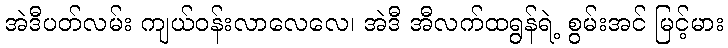
အဲဒီပတ်လမ်း ကျယ်ဝန်းလာလေလေ၊ အဲဒီ အီလက်ထရွန်ရဲ့ စွမ်းအင် မြင့်မား